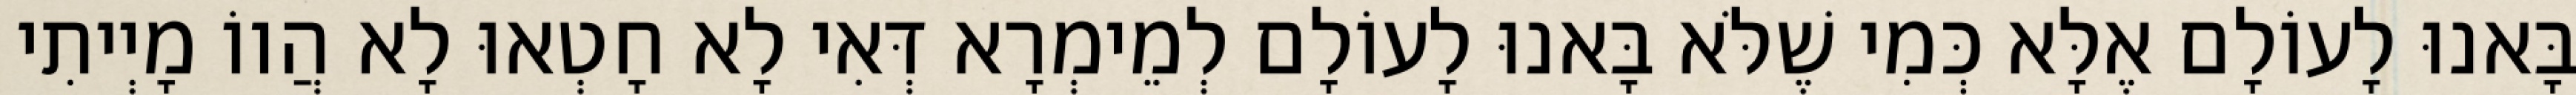
בָּאנוּ לָעוֹלָם אֶלָּא כְּמִי שֶׁלֹּא בָּאנוּ לָעוֹלָם לְמֵימְרָא דְּאִי לָא חָטְאוּ לָא הֲווֹ מָיְיתִי